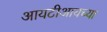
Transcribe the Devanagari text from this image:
आयटीआयच्या